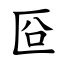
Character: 㔯